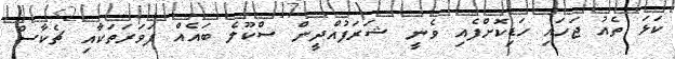
ކަޅަ ތެއު ޖަހައި ހަޑިކޮށްފެއި ވެނީ ޝަރަފުއްދީން ސްކޫލެ ބައެއް ފަވަރަތަކާއި ޗެކާސް